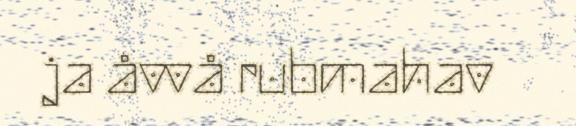
ja åvvå rubmahav